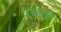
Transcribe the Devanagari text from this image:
उबलती